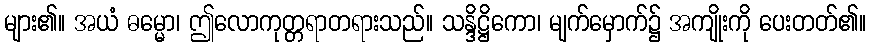
များ၏။ အယံ ဓမ္မော၊ ဤလောကုတ္တရာတရားသည်။ သန္ဒိဋ္ဌိကော၊ မျက်မှောက်၌ အကျိုးကို ပေးတတ်၏။